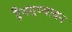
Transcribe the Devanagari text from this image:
द्वैयमुष्यायन